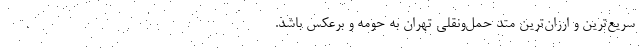
سریع‌‌ترین و ارزان‌‌ترین متد حمل‌ونقلی تهران به حومه و برعکس باشد.